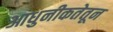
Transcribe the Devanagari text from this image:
आधुनीकतेतून